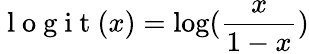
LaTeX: \mathrm{~l~o~g~i~t~}(x)=\log(\frac{x}{1-x})